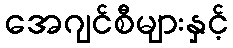
အေဂျင်စီများနှင့်